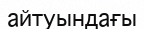
айтуындағы